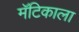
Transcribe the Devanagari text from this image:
मॅटिकाला